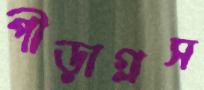
পীড়াগ্রস